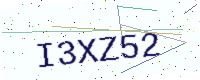
Text: I3XZ52